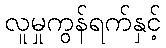
လူမှုကွန်ရက်နှင့်